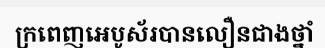
ក្រពេញអេបូស័របានលឿនជាងថ្នាំ